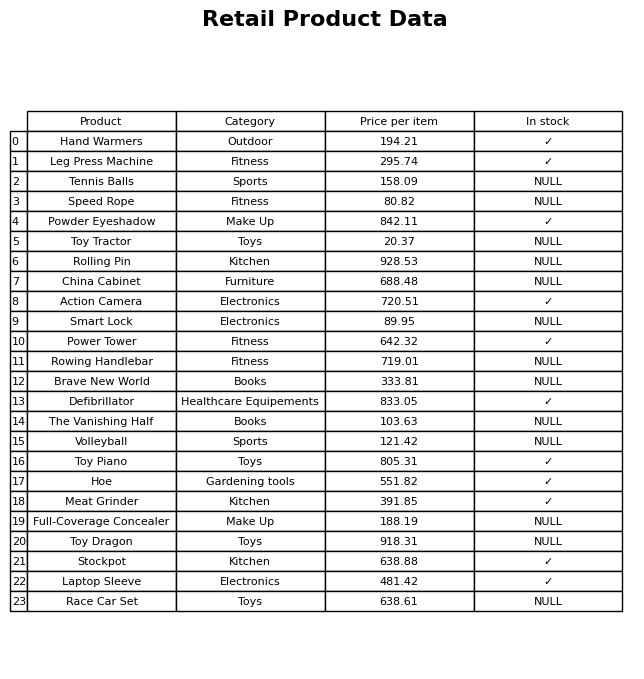
question: What is the price of the Toy Piano?
answer: The price of Toy Piano is 805.31.